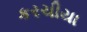
કરચીયા